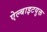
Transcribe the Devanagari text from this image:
ऐल्बाइटयुक्त